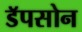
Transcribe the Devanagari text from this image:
डॅपसोन